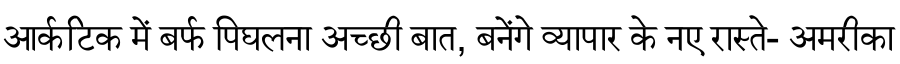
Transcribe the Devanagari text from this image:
आर्कटिक में बर्फ पिघलना अच्छी बात, बनेंगे व्यापार के नए रास्ते- अमरीका